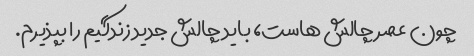
چون عصر چالش هاست، باید چالش جدید زندگیم را بپذیرم.